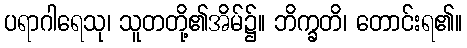
ပရာဂါရေသု၊ သူတတို့၏အိမ်၌။ ဘိက္ခတိ၊ တောင်းရ၏။